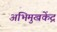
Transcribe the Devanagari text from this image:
अभिमुखकेंद्र